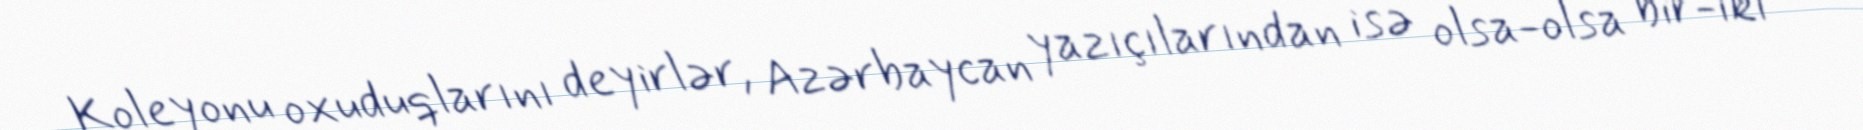
Koleyonu oxuduqlarını deyirlər, Azərbaycan yazıçılarından isə olsa-olsa bir-iki